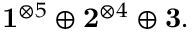
\mathbf { 1 } ^ { \otimes 5 } \oplus \mathbf { 2 } ^ { \otimes 4 } \oplus \mathbf { 3 } .